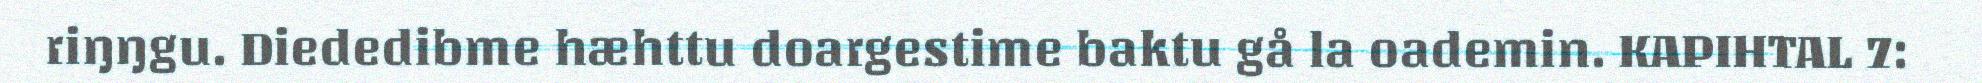
riŋŋgu. Diededibme hæhttu doargestime baktu gå la oademin. KAPIHTAL 7: